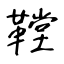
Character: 鞺